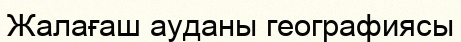
Жалағаш ауданы географиясы